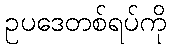
ဥပဒေတစ်ရပ်ကို